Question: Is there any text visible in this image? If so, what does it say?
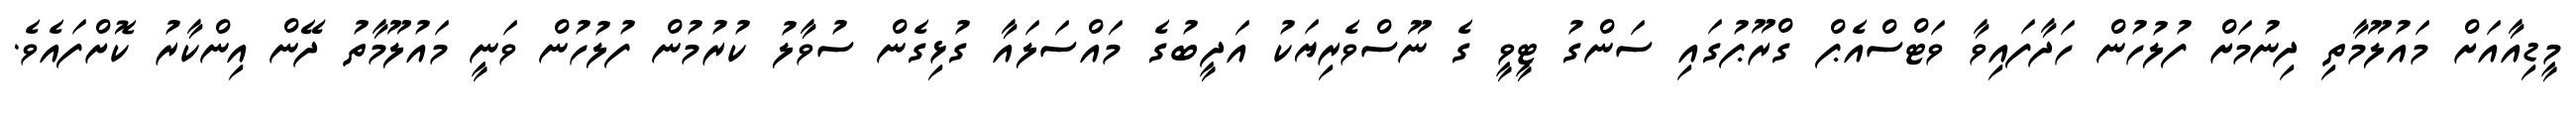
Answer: މީޑިއާއަށް މައުލޫމާތި ދިނުމަށް ފުލުހުން ހަދާފައިވާ ވަޓްސްއެޕް ގްރޫޕުގައި ސަންގު ޓީވީ ގެ ނޫސްވެރިޔަކު އަދީބުގެ މައްސަލައާ ގުޅިގެން ސުވާލު ކުރުމުން ފުލުހުން ވަނީ މައުލޫމާތު ދޭން އިންކާރު ކޮށްފައެވެ.